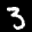
Label: 3